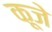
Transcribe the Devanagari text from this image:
कूजे